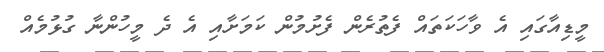
މީޑިއާގައި އެ ވާހަކަތައް ފެތުރެން ފެށުމުން ކަމަށާއި އެ ދެ މީހުންނާ ގުޅުމެއް